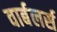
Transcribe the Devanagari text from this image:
वार्बलर्स